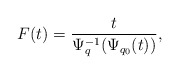
\begin{align*} F(t)=\frac{t}{\Psi_q^{-1}(\Psi_{q_0}(t))},\end{align*}